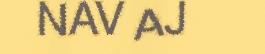
NAV AJ